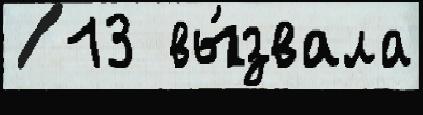
  13 вы́звала